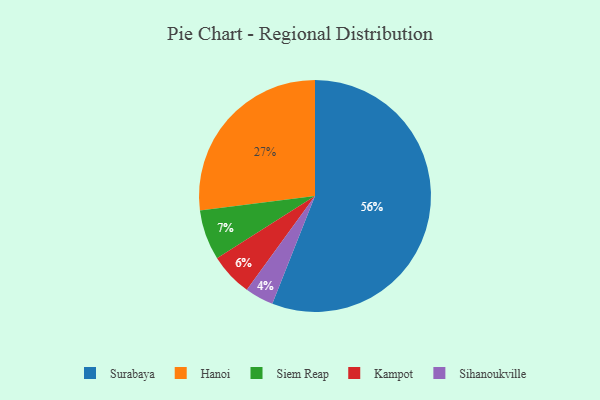
{"axis": {"x": "Category", "y": "Percentage"}, "legend": ["Hanoi", "Kampot", "Siem Reap", "Sihanoukville", "Surabaya"], "data": [{"x": "Surabaya", "y": 56, "type": "Surabaya"}, {"x": "Hanoi", "y": 27, "type": "Hanoi"}, {"x": "Kampot", "y": 6, "type": "Kampot"}, {"x": "Sihanoukville", "y": 4, "type": "Sihanoukville"}, {"x": "Siem Reap", "y": 7, "type": "Siem Reap"}]}